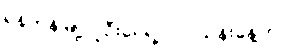
ရန်ကုန်မြို့လူဦးရေရဲ့ ၂.၇ သန်းခန့်ဟာ